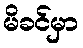
မိခင်မှာ